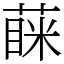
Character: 蔝